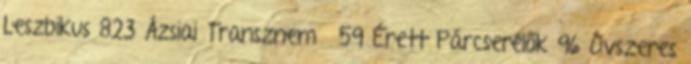
Leszbikus 823 Ázsiai Transznemű 59 Érett Párcserélők 96 Óvszeres